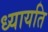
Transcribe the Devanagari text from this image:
ध्यायति